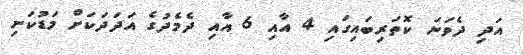
އަދި ދެވަނަ ކޮތަރިބައިގައި 4 އާއި 6 އާއި ދެމެދުގެ އަދަދަކަށް މަޑުކަށި